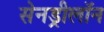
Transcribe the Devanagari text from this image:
सेनड्रीलॉन